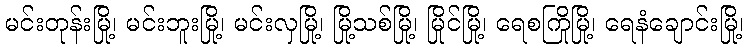
မင်းတုန်းမြို့၊ မင်းဘူးမြို့၊ မင်းလှမြို့၊ မြို့သစ်မြို့၊ မြိုင်မြို့၊ ရေစကြိုမြို့၊ ရေနံချောင်းမြို့၊